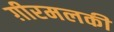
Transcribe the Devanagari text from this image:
ग़ीरमलकी